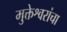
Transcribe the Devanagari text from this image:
मुक्तेश्वरांचा